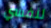
لنفسي